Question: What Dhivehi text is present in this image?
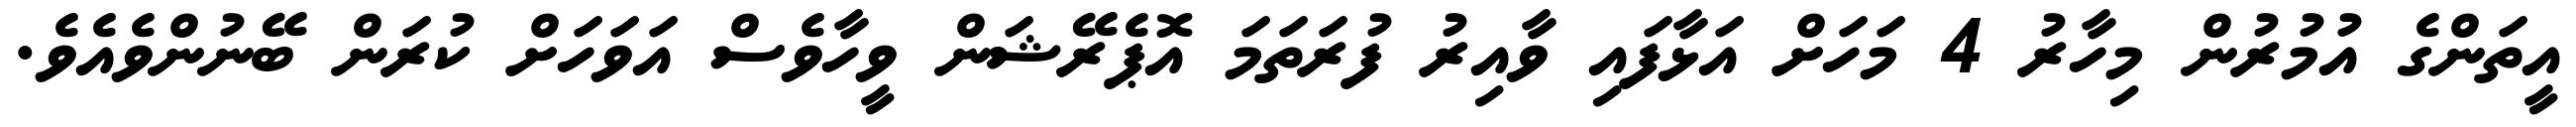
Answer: އީތަންގެ އުމުރުން މިހާރު 4 މަހަށް އަޅާފައި ވާއިރު ފުރަތަމަ އޮޕެރޭޝަން ވީހާވެސް އަވަހަށް ކުރަން ބޭނުންވެއެވެ.